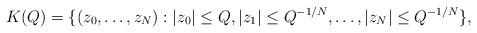
LaTeX: \begin{align*}K(Q)=\{ (z_{0},\ldots,z_{N}): \vert z_{0}\vert \leq Q,\vert z_{1}\vert \leq Q^{-1/N},\ldots,\vert z_{N}\vert \leq Q^{-1/N}\},\end{align*}